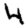
Digit: 4